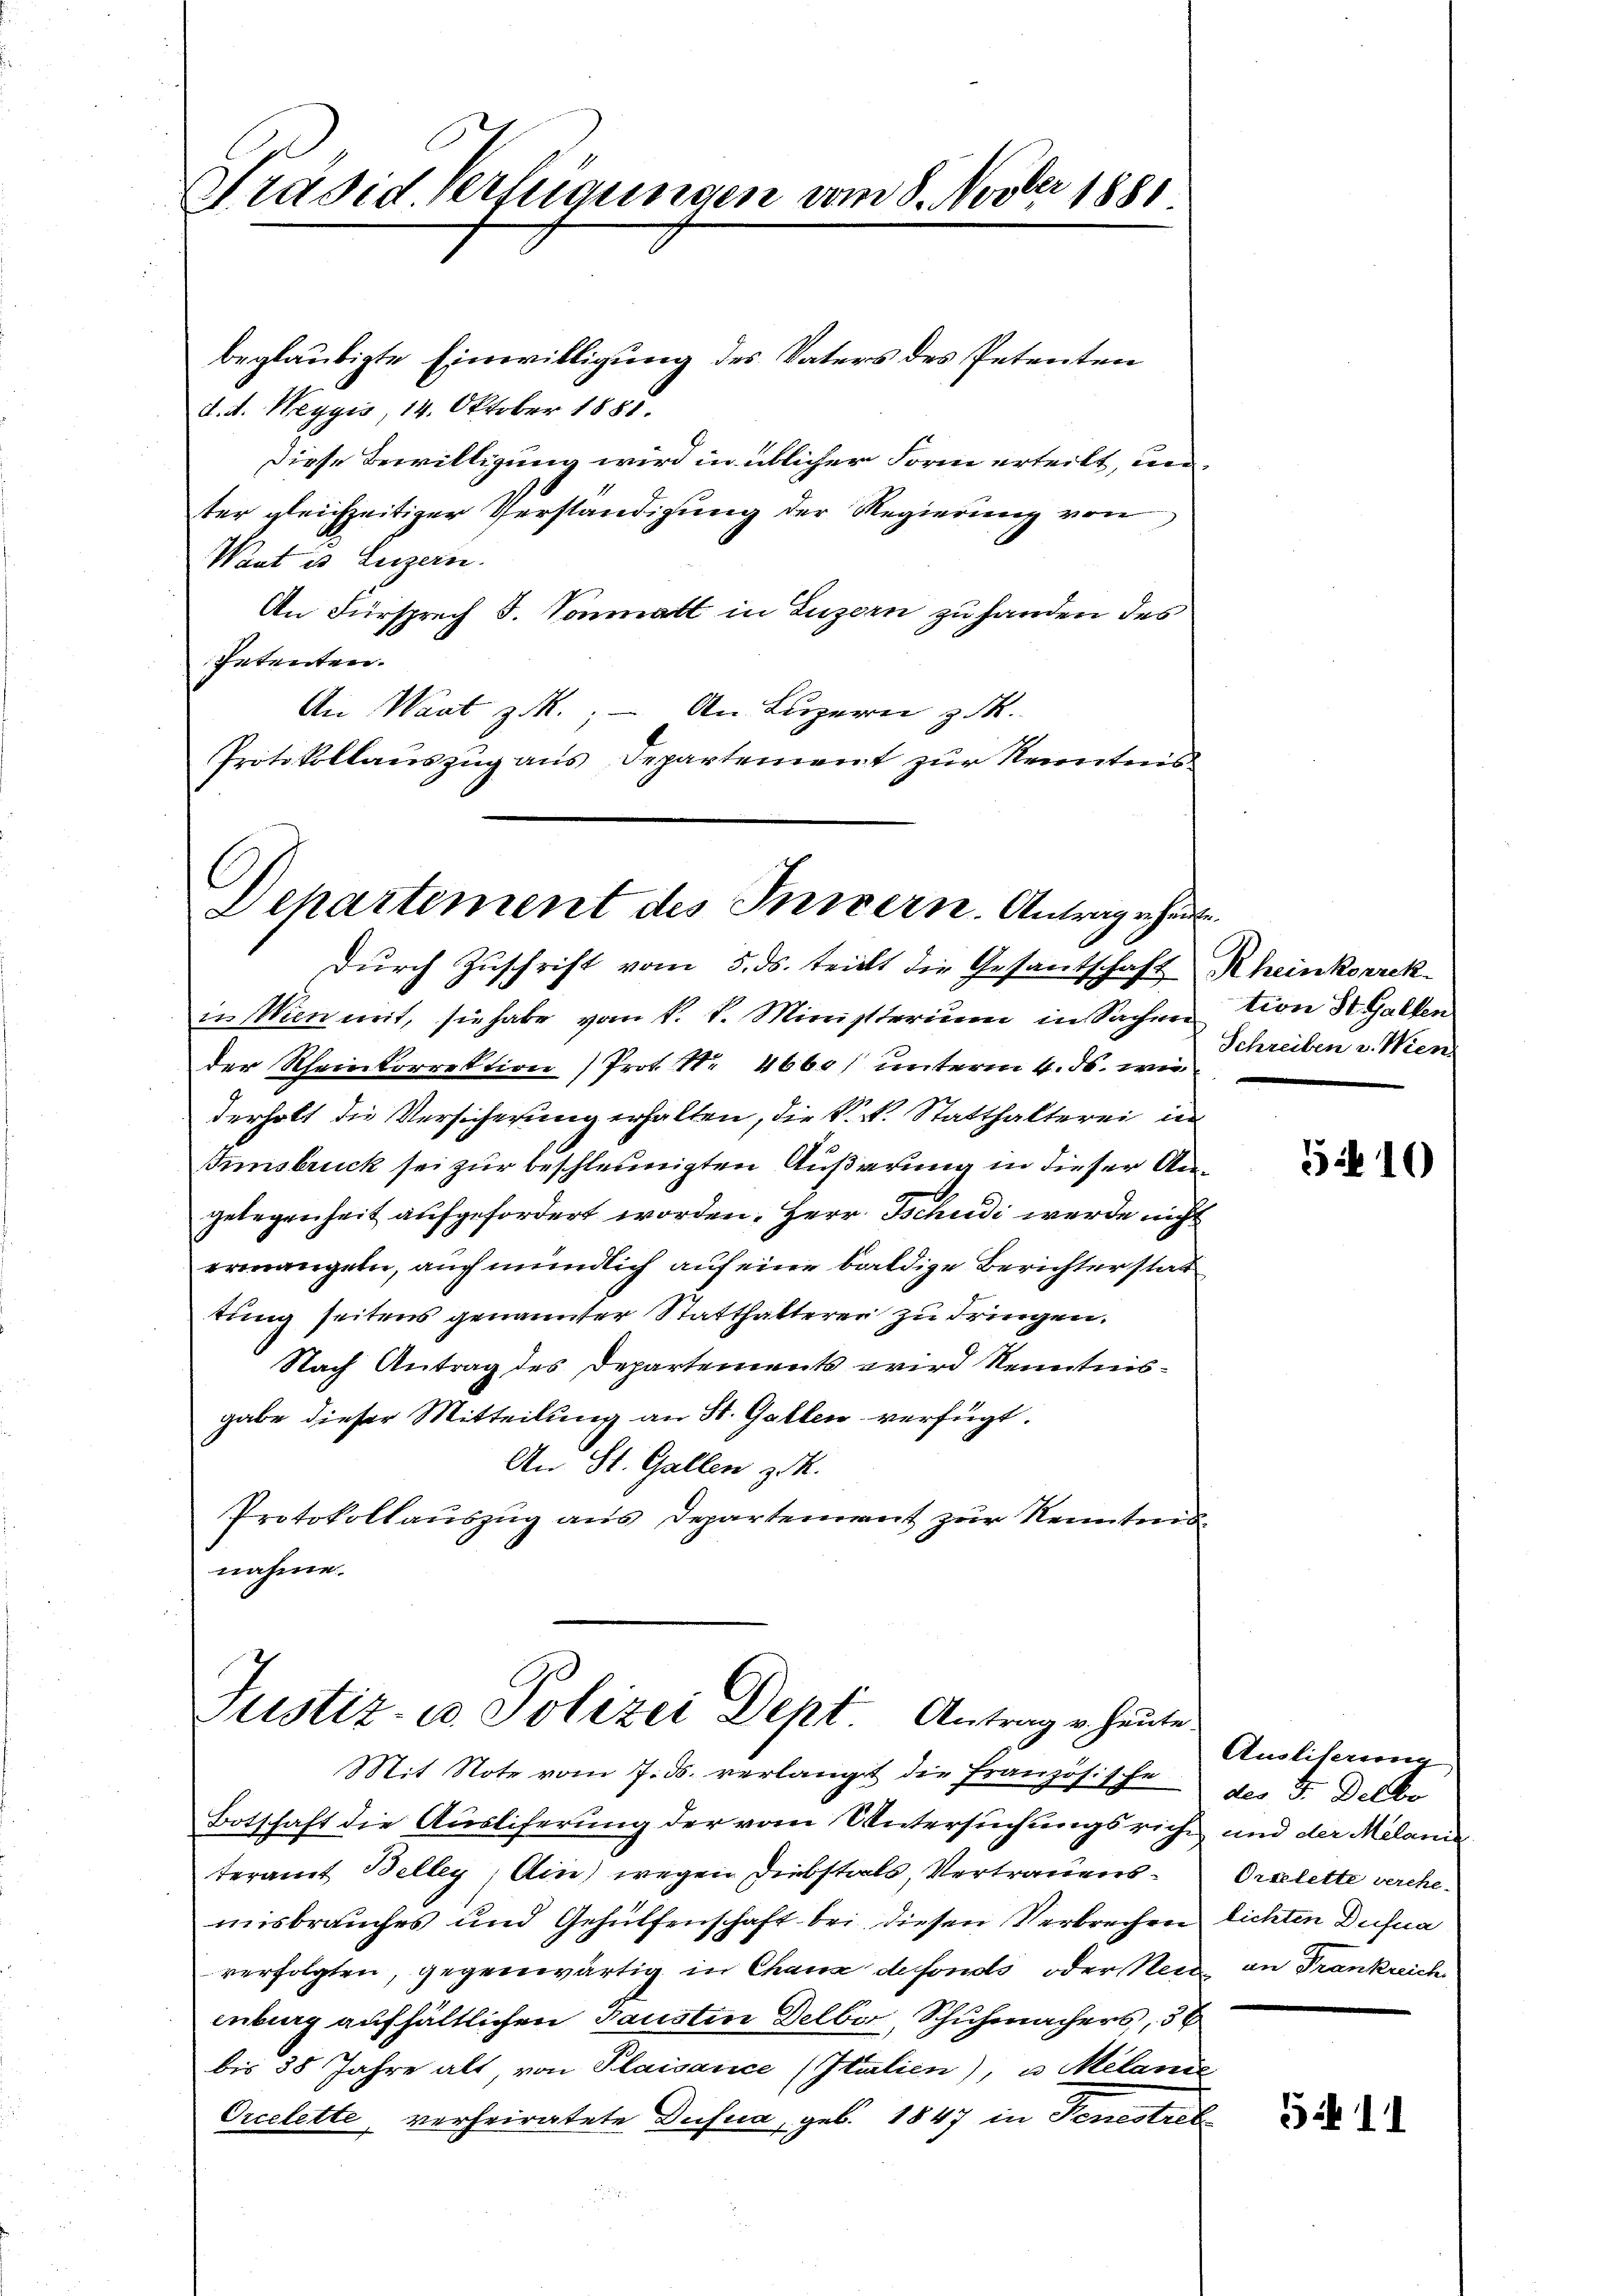
Präsid. Verfügungen vom 8. Novber 1881

beglaubigte Einwilligung des Vaters des Petenten
d. d. Weggis, 14. Oktober 1885.
Diese Bewilligung wird in üblicher Form erteilt, un
ter gleichzeitiger Verständigung der Regierung von
Want es Luzern.
An Fürsprech J. Sonmatt in Luzern zu handen des
Petenten.
An Waat z. R.; – An Luzern z
Protokollaŭszŭg ans Departement zŭr Kenntnis

Dehartement des Innern. Antrage heut

Justiz- u Polizei Dept, Antrag u. heute.

Dŭrch Zŭschrift vom 5. ds. tricht die Gesantschaft Rheinkorrek
in Wien mit, sie habe vom k. k. Ministerium in Sachention St. Gallen
der Rheinkorrektion (Prot. N. 4660) unterm 4. ds. wie
derholt die Versicherung erhalten, die k.k. Statthalterei in
Innsbruck sei zur beschleunigten Äußerung in dieser Angelegenheit aufgefordert worden, Herr Tschudi werde nicht
ermangeln, auch mündlich auf eine baldige Berichter stat
tung seitens genannter Statthalterei zu dringen.
Nach Antrag des Departements wird Kenntnisgabe dieser Mitteilung an St. Gallen verfügt:
An St. Gallen z. K.
Protokollauszug aus Departement zur Kenntnisnahme.

Mit Note vom 7. ds. verlangt die Französische der 5. Delbo
Botschaft die Ausliferung der vom Untersuchungsricht und der Melanie
teramt Belley, Ain) wegen Diebstals, Vertrauens Ortelette verehemisbrauches und Gehülfenschaft bei diesen Verbrechen lichten Dufna
verfolgten, gegenwärtig in Chaux de fonds oder Neid an Frankreich
enburg aufhältlichen Fausten Delbor, Schuhmachers, 36
bis 38 Jahre alt, von Plaisance (Italien), es Melanie
Orcelette, verheiratete Dusua, geb. 1847 in Genestreb

Schreiben v. Wien

510

Ausliserung,

5:411